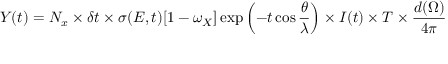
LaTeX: Y ( t ) = N _ { x } \times \delta t \times \sigma ( E , t ) [ 1 - \omega _ { X } ] \exp \left( - t \cos { \frac { \theta } { \lambda } } \right) \times I ( t ) \times T \times { \frac { d ( \Omega ) } { 4 \pi } }